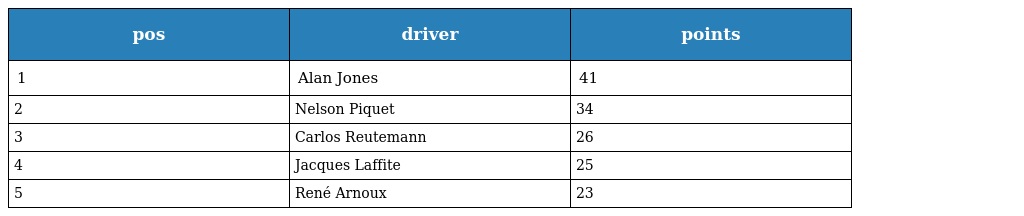
| pos | driver | points |
 | --- | --- | --- |
 | 1 | Alan Jones | 41 |
 | 2 | Nelson Piquet | 34 |
 | 3 | Carlos Reutemann | 26 |
 | 4 | Jacques Laffite | 25 |
 | 5 | René Arnoux | 23 |